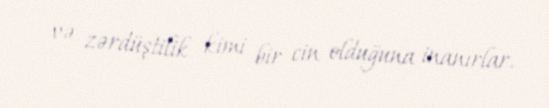
və zərdüştilik kimi bir cin olduğuna inanırlar.